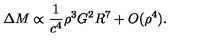
\Delta M \propto \frac { 1 } { c ^ { 4 } } \rho ^ { 3 } G ^ { 2 } R ^ { 7 } + O ( \rho ^ { 4 } ) .